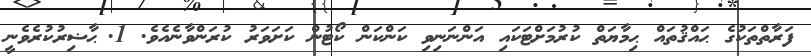
ފަރާތްތަކުގެ ޙައްޤުތައް ޙިމާޔަތް ކުރުމަށްޓަކައި އަންނަނިވި ކަންކަން ކޯޓުން ކަށަވަރު ކުރަންވާނެއެވެ. 1.	ޙާޟިރުކުރެވެނީ